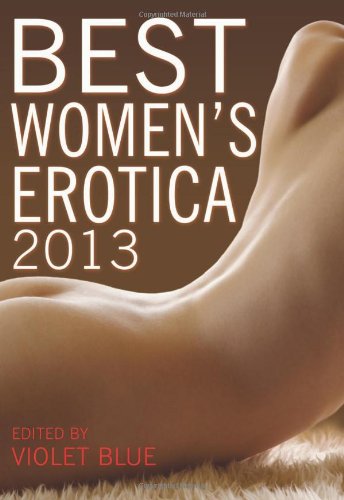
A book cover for Best Women's Erotica 2013; Romance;